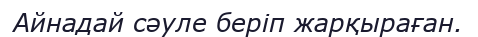
Айнадай сәуле беріп жарқыраған.